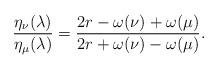
LaTeX: \begin{align*}\frac{\eta_\nu (\lambda)}{\eta_\mu (\lambda)} = \frac{2 r - \omega (\nu) + \omega (\mu)}{2 r + \omega (\nu) -\omega (\mu)}.\end{align*}